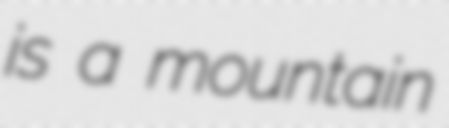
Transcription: is a mountain